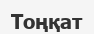
Тоңқат